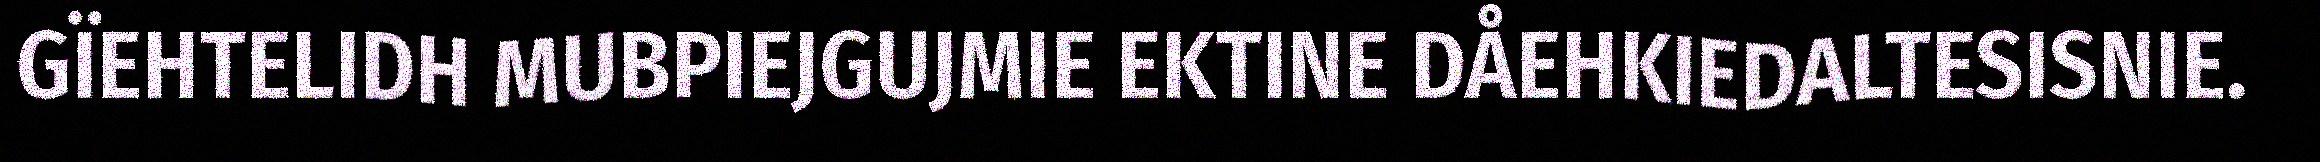
GÏEHTELIDH MUBPIEJGUJMIE EKTINE DÅEHKIEDALTESISNIE.